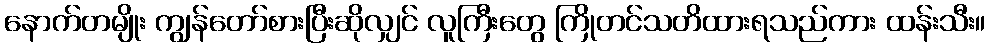
နောက်တမျိုး ကျွန်တော်စားပြီးဆိုလျှင် လူကြီးတွေ ကြိုတင်သတိထားရသည်ကား ထန်းသီး။